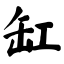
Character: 缸